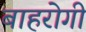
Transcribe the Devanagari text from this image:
बाहरोगी